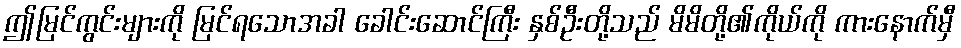
ဤမြင်ကွင်းများကို မြင်ရသောအခါ ခေါင်းဆောင်ကြီး နှစ်ဦးတို့သည် မိမိတို့၏ကိုယ်ကို ကားနောက်မှီ